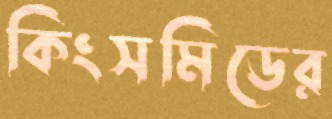
কিংসমিডের